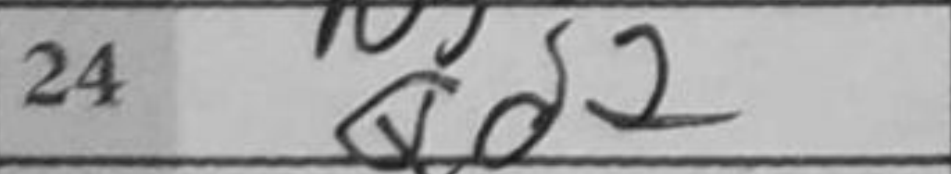
Transcription: Qd2